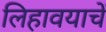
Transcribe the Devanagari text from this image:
लिहावयाचें